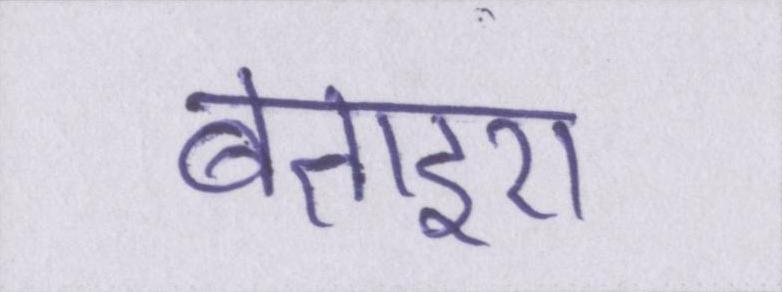
बताइए